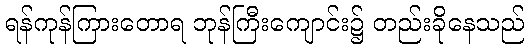
ရန်ကုန်ကြားတောရ ဘုန်ကြီးကျောင်း၌ တည်းခိုနေသည်